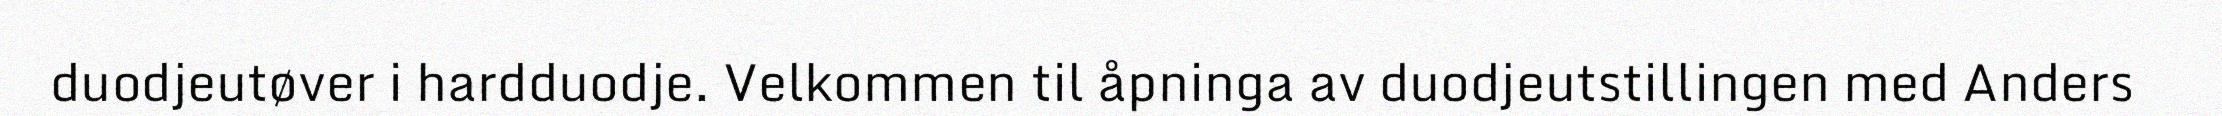
duodjeutøver i hardduodje. Velkommen til åpninga av duodjeutstillingen med Anders